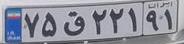
۷۵ق۲۲۱۹۱